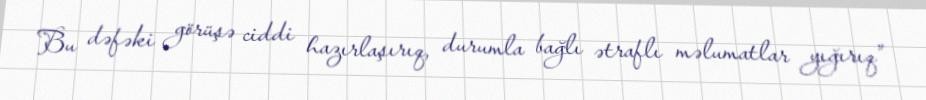
Bu dəfəki görüşə ciddi hazırlaşırıq, durumla bağlı ətraflı məlumatlar yığırıq”